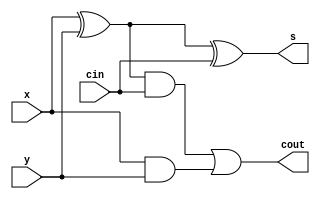
`timescale 1ns / 1ps
//////////////////////////////////////////////////////////////////////////////////
// Company: 
// Engineer: 
// 
// Design Name: 
// Module Name: FA
// Project Name: 
// Target Devices: 
// Tool Versions: 
// Description: 
// 
// Dependencies: 
// 
// Revision:
// Revision 0.01 - File Created
// Additional Comments:
// 
//////////////////////////////////////////////////////////////////////////////////


module FA(cout, s, x, y, cin);
    input x, y, cin;
    output cout, s;
assign s = x^y^cin;
assign cout = ((x^y) & cin) | (x&y);
    
endmodule